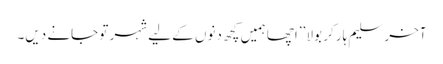
آخر سلیم ہار کر بولا ’’اچھا ہمیں کچھ دنوں کے لیے شہر تو جانے دیں۔